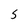
Character: S